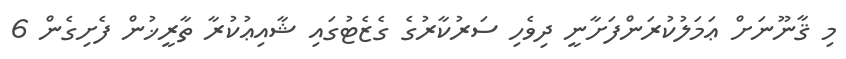
މި ޤާނޫނަށް ޢަމަލުކުރަންފަށާނީ ދިވެހި ސަރުކާރުގެ ގެޒެޓުގައި ޝާއިޢުކުރާ ތާރީޚުން ފެށިގެން 6